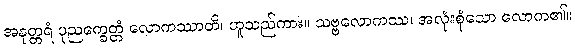
အနုတ္တရံ ပုညက္ခေတ္တံ လောကဿာတိ၊ ဟူသည်ကား။ သဗ္ဗလောကဿ၊ အလုံးစုံသော လောက၏။